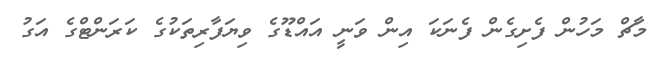
މާޗް މަހުން ފެށިގެން ފެނަކަ އިން ވަނީ އައްޑޫގެ ވިޔަފާރިތަކުގެ ކަރަންޓްގެ އަގު